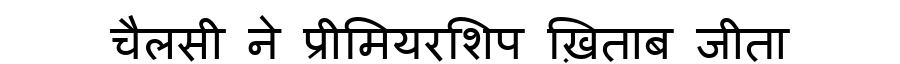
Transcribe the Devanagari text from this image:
चैलसी ने प्रीमियरशिप ख़िताब जीता